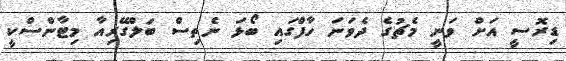
ޑިރޮސީ އަށް ވަނީ މެޗުގެ ދެވަނަ ހާފްގައި ބޯޅަ ނެތިސް ބަލްގޭރިއާ މިޓާންސްކީ